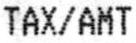
TAX/AMT